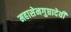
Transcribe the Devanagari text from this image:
महासेनगुप्तादेवी